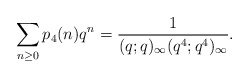
\begin{align*}\sum_{n\ge 0}p_{4}(n)q^n=\frac{1}{(q;q)_\infty(q^{4};q^{4})_\infty}.\end{align*}